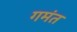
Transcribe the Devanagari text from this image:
गमंत